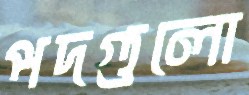
পদগুলো